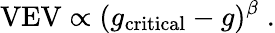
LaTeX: \mathrm{VEV}\propto(g_{\mathrm{critical}}-g)^{\beta}\; .